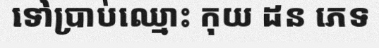
ទៅប្រាប់ឈ្មោះ កុយ ដន ភេទ